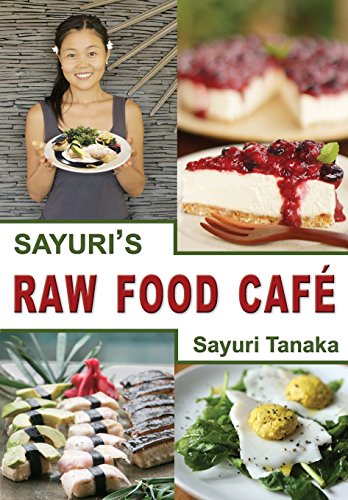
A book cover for Sayuri's Raw Food CafÃ©; Tanaka Sayuri; Health, Fitness & Dieting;